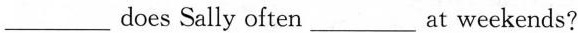
___ does Sally often ___ at weekends?